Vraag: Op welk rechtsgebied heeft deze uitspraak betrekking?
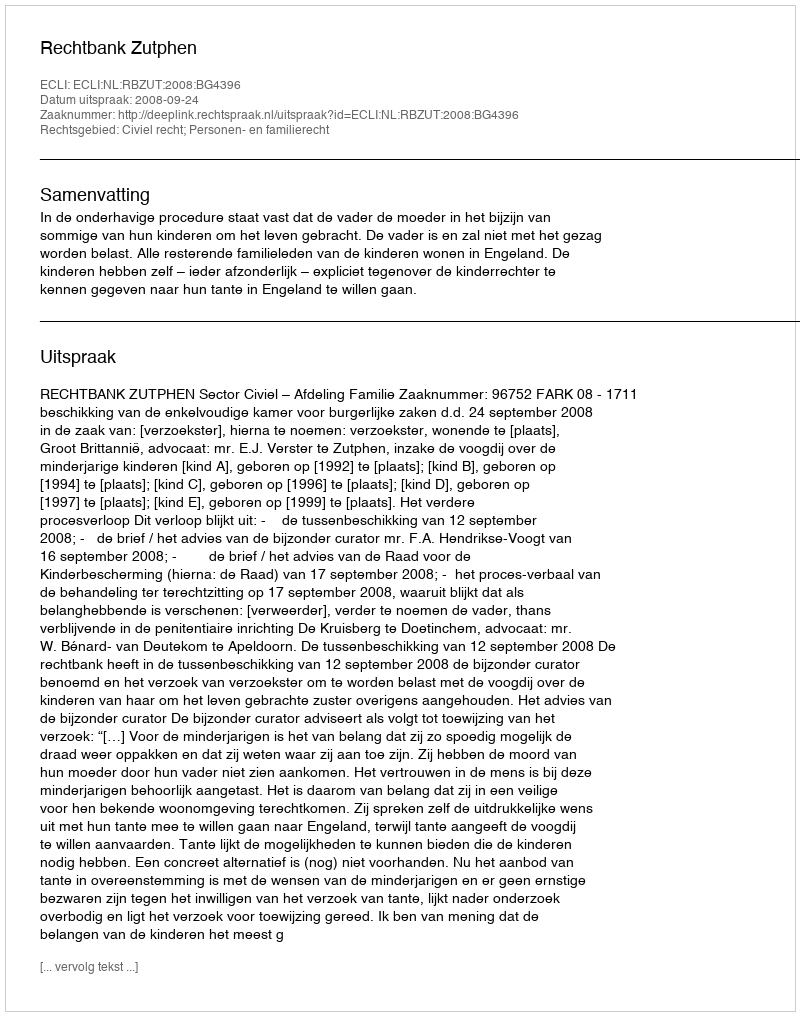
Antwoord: Civiel recht; Personen- en familierecht